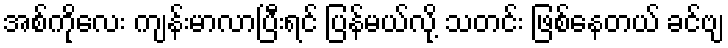
အစ်ကိုလေး ကျန်းမာလာပြီးရင် ပြန်မယ်လို့ သတင်း ဖြစ်နေတယ် ခင်ဗျ